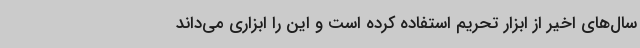
سال‌های اخیر از ابزار تحریم استفاده کرده است و این را ابزاری می‌داند